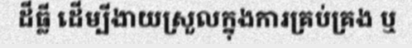
ដីធ្លី ដើម្បីងាយស្រួលក្នុងការគ្រប់គ្រង ឬ